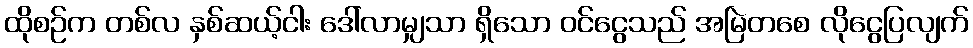
ထိုစဉ်က တစ်လ နှစ်ဆယ့်ငါး ဒေါ်လာမျှသာ ရှိသော ဝင်ငွေသည် အမြဲတစေ လိုငွေပြလျက်